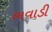
ભવાડી